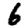
Digit: 6